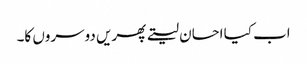
اب کیا احسان لیتے پھریں دوسروں کا۔